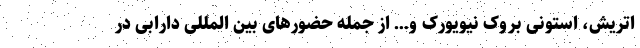
اتریش، استونی بروک نیویورک و… از جمله حضور‌های بین المللی دارابی در